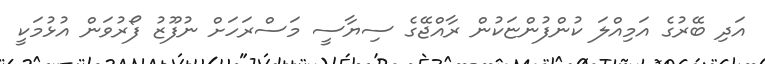
އަދި ބޭރުގެ އަމިއްލަ ކުންފުންޏަކުން ރާއްޖޭގެ ސިޔާސީ މަސްރަހަށް ނުފޫޒު ފޯރުވަން އުޅުމަކީ